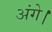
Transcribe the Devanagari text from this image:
अंगे।